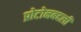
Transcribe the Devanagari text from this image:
प्रोटोनबदली